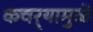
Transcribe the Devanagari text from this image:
कचर्‍यामुळे